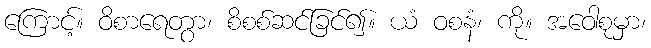
ကြောင့်။ ဝိစာရေတွာ၊ စိစစ်ဆင်ခြင်၍။ ယံ ဝစနံ၊ ကို။ အဝေါစုမှာ၊